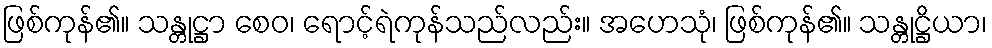
ဖြစ်ကုန်၏။ သန္တုဋ္ဌာ စေဝ၊ ရောင့်ရဲကုန်သည်လည်း။ အဟေသုံ၊ ဖြစ်ကုန်၏။ သန္တုဋ္ဌိယာ၊